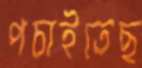
পচাইতেছ